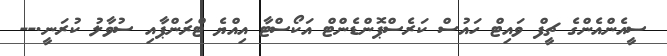
ސީއެންއެންގެ ޗީފް ވައިޓް ހައުސް ކަރެސްޕޮންޑެންޓް އަކޯސްޓާ އިއްޔެ ޓްރަންޕާއި ސުވާލު ކުރަނީ.--